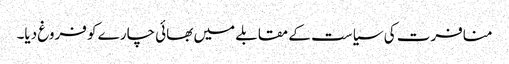
منافرت کی سیاست کے مقابلے میں بھائی چارے کو فروغ دیا۔